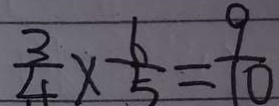
\frac { 3 } { 4 } \times \frac { 6 } { 5 } = \frac { 9 } { 1 0 }